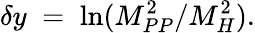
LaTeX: \delta y\; =\; \ln(M_{PP}^{2}/M_{H}^{2}).